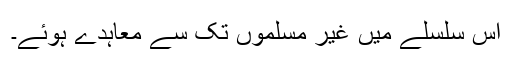
اس سلسلے میں غیر مسلموں تک سے معاہدے ہوئے۔